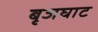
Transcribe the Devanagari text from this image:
बृजघाट